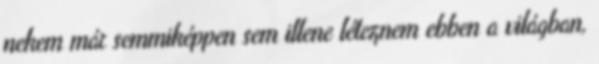
nekem már semmiképpen sem illene léteznem ebben a világban,